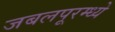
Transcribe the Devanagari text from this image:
जबलपूरम्ध्ये